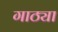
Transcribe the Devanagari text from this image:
गाठ्या